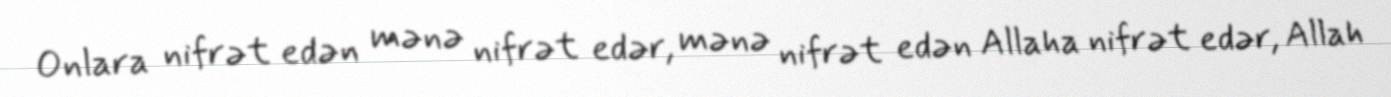
Onlara nifrət edən mənə nifrət edər, mənə nifrət edən Allaha nifrət edər, Allah